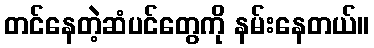
တင်နေတဲ့ဆံပင်တွေကို နမ်းနေတယ်။